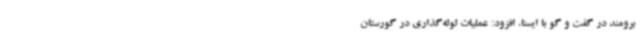
برومند در گفت و گو با ایسنا، افزود: عملیات لوله‌گذاری در گورستان